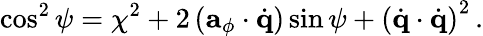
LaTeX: \cos^{2}\psi=\chi^{2}+2\left({\mathbf a}_{\phi}\cdot\dot{\mathbf q}\right)\sin\psi+\left(\dot{\mathbf q}\cdot\dot{\mathbf q}\right)^{2}\, .